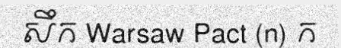
សឹក Warsaw Pact (n) ក